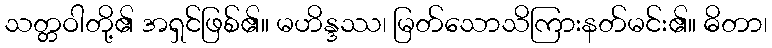
သတ္တဝါတို့၏ အရှင်ဖြစ်၏။ မဟိန္ဒဿ၊ မြတ်သောသိကြားနတ်မင်း၏။ ဓိတာ၊